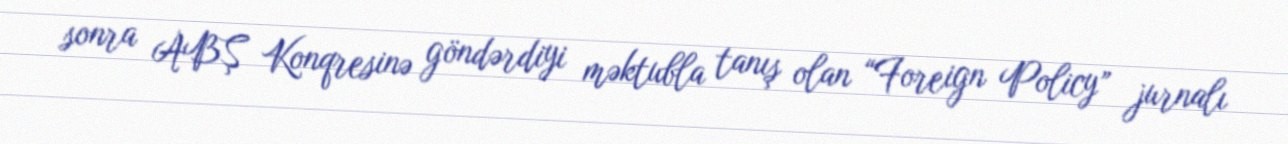
sonra ABŞ Konqresinə göndərdiyi məktubla tanış olan “Foreign Policy” jurnalı